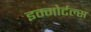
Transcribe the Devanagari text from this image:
इम्मोर्टल्स